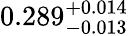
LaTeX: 0.289_{-0.013}^{+0.014}